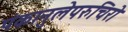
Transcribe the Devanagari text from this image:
पंकानुलेपरुचिरो